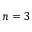
n = 3